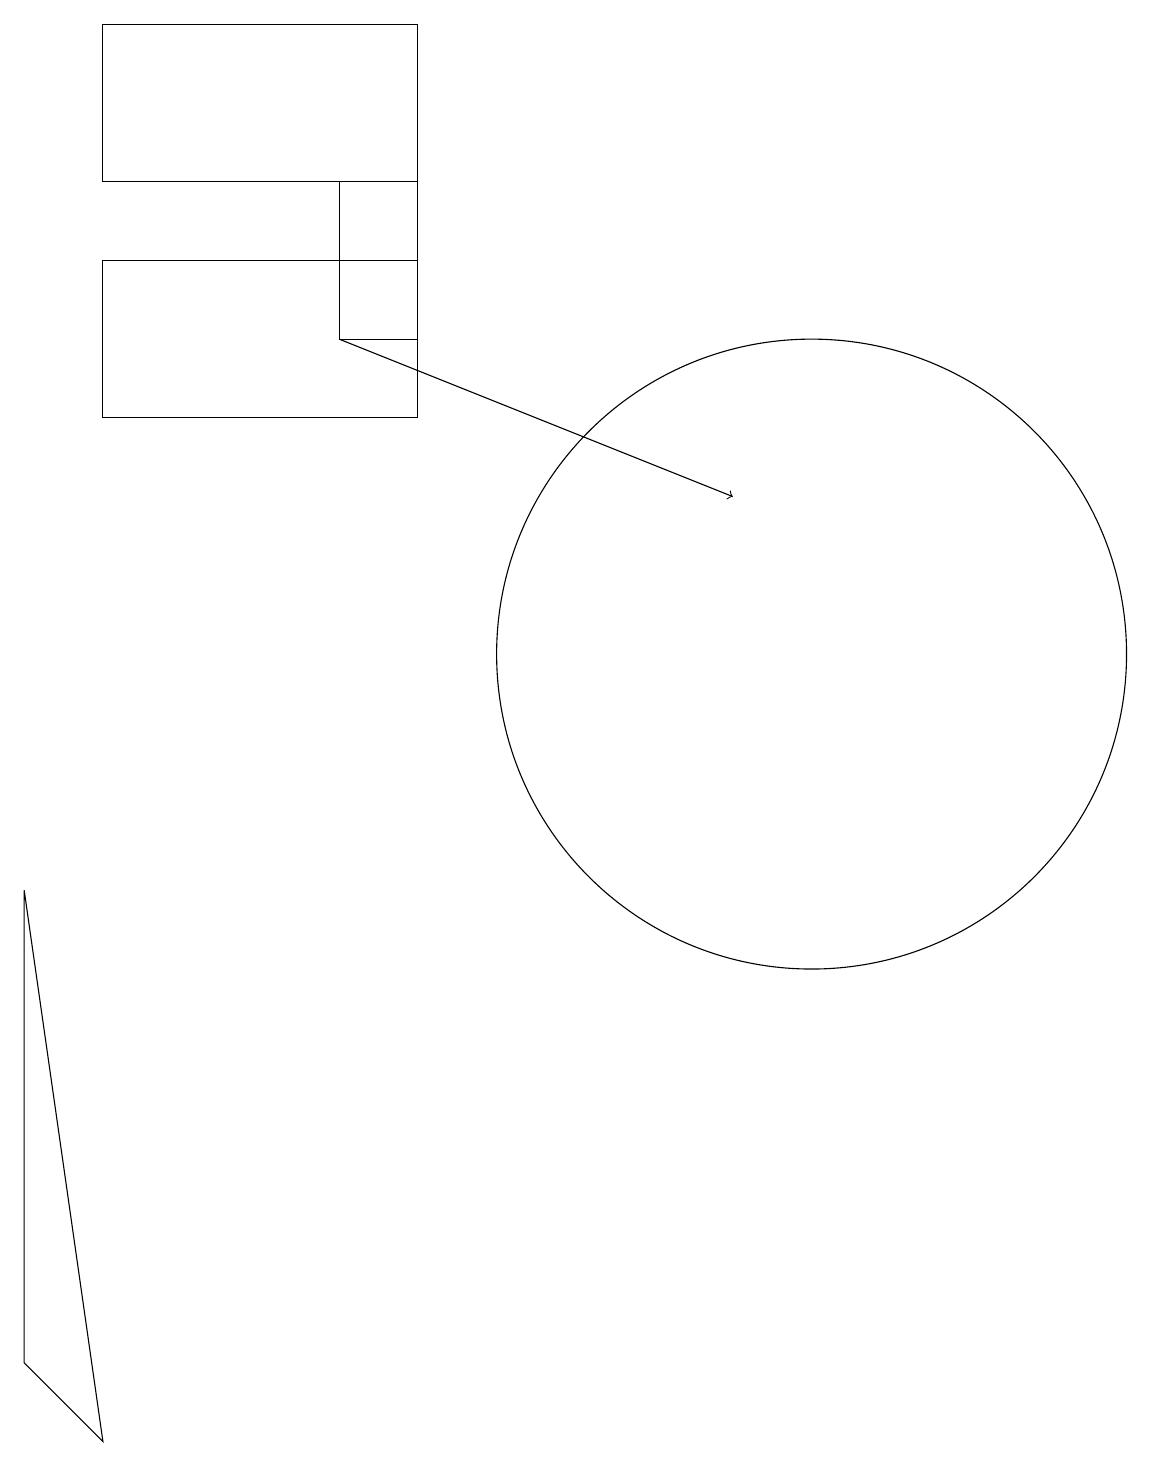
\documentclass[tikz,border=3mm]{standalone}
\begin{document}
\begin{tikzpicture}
\draw (5,14) rectangle (1,16);
\draw (5,15) rectangle (4,17);
\draw (0,8) -- (1,1) -- (0,2) -- cycle;
\draw (10,11) circle (4);
\draw (5,19) rectangle (1,17);
\draw[->] (4,15) -- (9,13);
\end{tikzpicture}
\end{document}